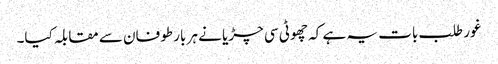
غور طلب بات یہ ہے کہ چھوٹی سی چڑیا نے ہر بار طوفان سے مقابلہ کیا۔